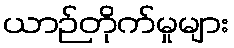
ယာဉ်တိုက်မှုများ